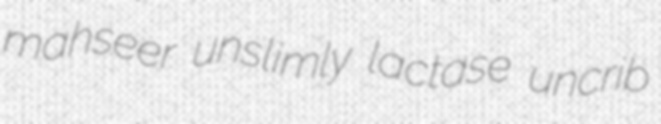
mahseer unslimly lactase uncrib